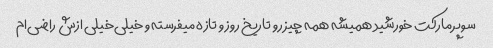
سوپرمارکت خورشید همیشه همه چیز رو تاریخ روز و تازه میفرسته و خیلی‌خیلی ازش راضی‌ام